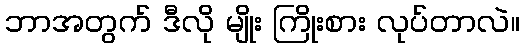
ဘာအတွက် ဒီလို မျိုး ကြိုးစား လုပ်တာလဲ။